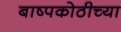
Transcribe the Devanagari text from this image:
बाष्पकोठीच्या